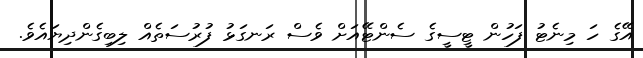
އޭގެ ހަ މިނެޓު ފަހުން ޓީސީގެ ސެންޓޭއަށް ވެސް ރަނގަޅު ފުރުސަތެއް ލިބިގެންދިޔައެވެ.